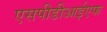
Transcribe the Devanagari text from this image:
एसपीडीआईएफ